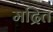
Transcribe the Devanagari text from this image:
मद्रित